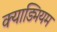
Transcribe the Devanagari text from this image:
क्याड्मियम